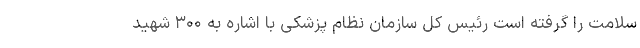
سلامت را گرفته است رئیس کل سازمان نظام پزشکی با اشاره به ۳۰۰ شهید